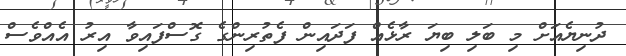
ދުނިޔެއަށް މި ބަލި ބިޔަ ރާޅެއް ފަދައިން ފެތުރިންގެ ގޮސްފައިވާ އިރު އެއްވެެސް